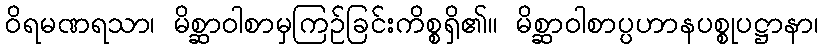
ဝိရမဏရသာ၊ မိစ္ဆာဝါစာမှကြဉ်ခြင်းကိစ္စရှိ၏။ မိစ္ဆာဝါစာပ္ပဟာနပစ္စုပဋ္ဌာနာ၊